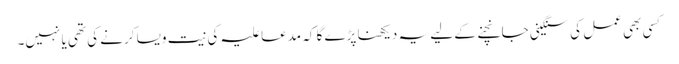
کسی بھی عمل کی سنگینی جانچنے کے لیے یہ دیکھنا پڑے گا کہ مدعا علیہ کی نیت ویسا کرنے کی تھی یا نہیں۔